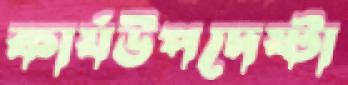
কার্যউপদেষ্টা